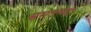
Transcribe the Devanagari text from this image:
भगतच्या